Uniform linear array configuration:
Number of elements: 8
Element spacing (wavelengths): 0.75
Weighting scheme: blackman
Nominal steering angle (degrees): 15
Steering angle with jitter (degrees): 14.413
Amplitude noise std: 0.05
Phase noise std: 0.05

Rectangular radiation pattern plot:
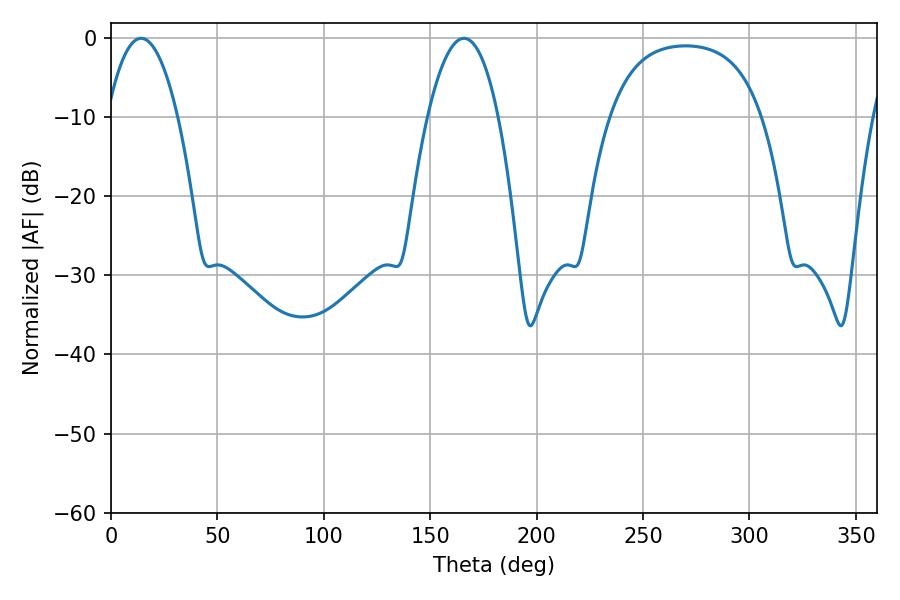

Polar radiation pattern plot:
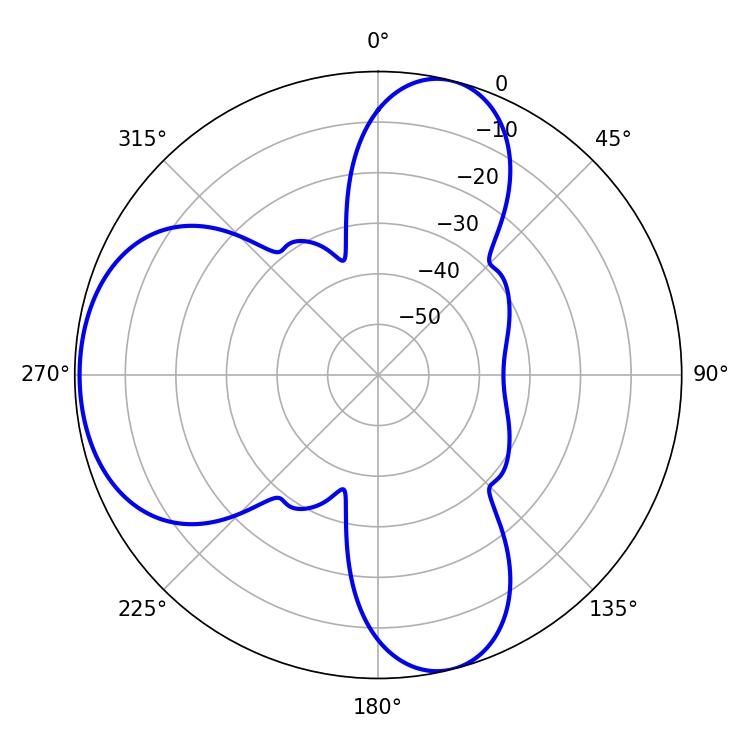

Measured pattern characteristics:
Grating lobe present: TRUE
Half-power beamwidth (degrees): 18.54
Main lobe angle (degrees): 14.22